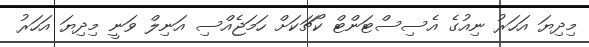
މިދިޔަ އަހަރު ނިއުގެ އެސިސްޓަންޓް ކޯޗަކަށް ހަމަޖެއްސި އަނިލް ވަނީ މިދިޔަ އަހަރު